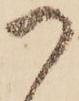
つ